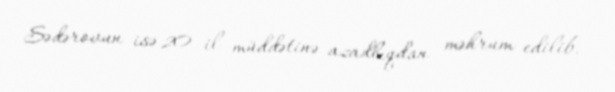
Sədərovun isə 20 il müddətinə azadlıqdan məhrum edilib.